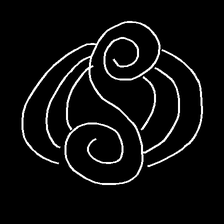
Glyph: wind-underfoot